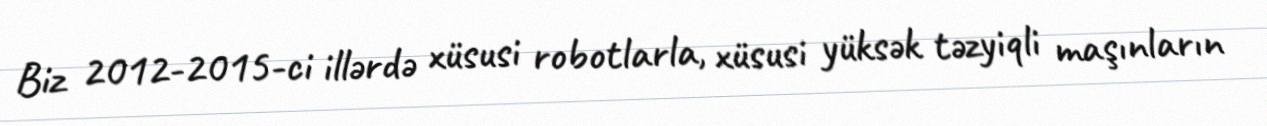
Biz 2012-2015-ci illərdə xüsusi robotlarla, xüsusi yüksək təzyiqli maşınların